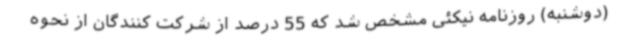
(دوشنبه) روزنامه نیکئی مشخص شد که 55 درصد از شرکت کنندگان از نحوه